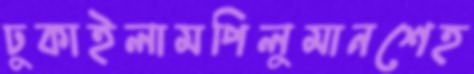
ঢুকাইলামপিলুমানশেহ